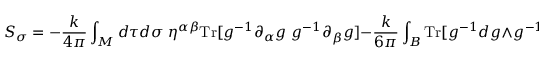
S _ { \sigma } = - \frac { k } { 4 \pi } \int _ { M } d \tau d \sigma \; \eta ^ { \alpha \beta } \mathrm { T r } [ g ^ { - 1 } \partial _ { \alpha } g \; g ^ { - 1 } \partial _ { \beta } g ] - \frac { k } { 6 \pi } \int _ { B } \mathrm { T r } [ g ^ { - 1 } d g \wedge g ^ { - 1 } d g \wedge g ^ { - 1 } d g ] .